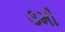
૩મી